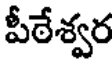
పీఠేశ్వర